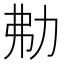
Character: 㔗